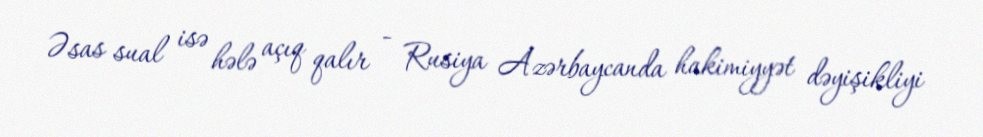
Əsas sual isə hələ açıq qalır - Rusiya Azərbaycanda hakimiyyət dəyişikliyi